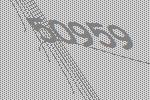
50959